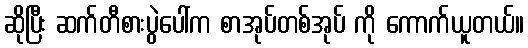
ဆိုပြီး ဆက်တီစားပွဲပေါ်က စာအုပ်တစ်အုပ် ကို ကောက်ယူတယ်။